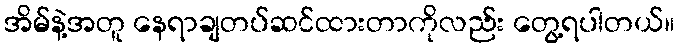
အိမ်နဲ့အတူ နေရာချတပ်ဆင်ထားတာကိုလည်း တွေ့ရပါတယ်။